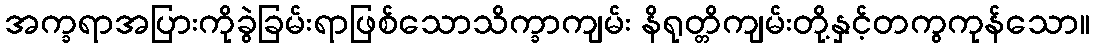
အက္ခရာအပြားကိုခွဲခြမ်းရာဖြစ်သောသိက္ခာကျမ်း နိရုတ္တိကျမ်းတို့နှင့်တကွကုန်သော။